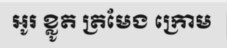
អូរ ខ្លូត ត្រមែង ក្រោម